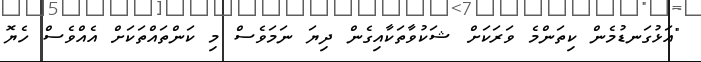
"އަޅުގަނޑުމެން ކިތަންމެ ވަރަކަށް ޝަކުވާތަކާއިގެން ދިޔަ ނަމަވެސް މި ކަންތައްތަކަށް އެއްވެސް ހެޔޮ